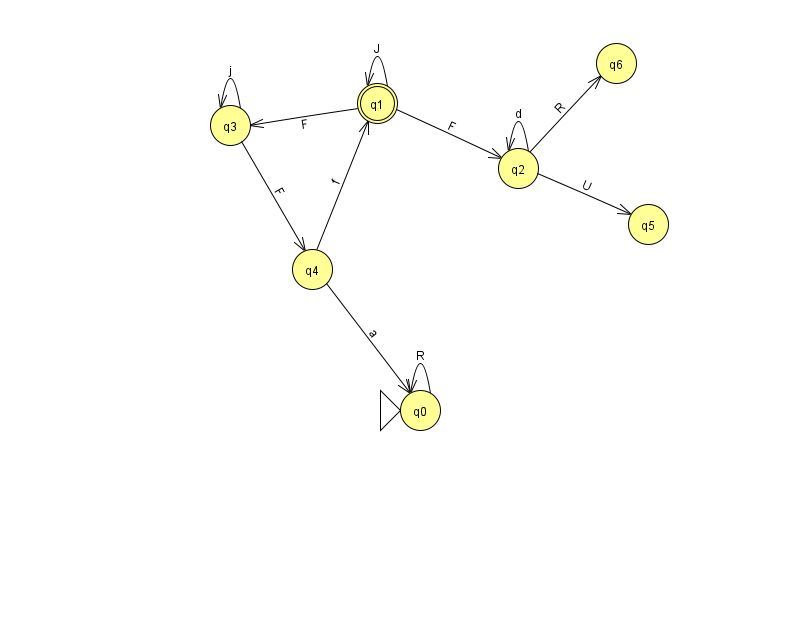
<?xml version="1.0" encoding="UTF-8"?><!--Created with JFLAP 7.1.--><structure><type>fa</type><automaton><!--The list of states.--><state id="0" name="q0"><x>420.0</x><y>397.0</y><initial/></state><state id="1" name="q1"><x>377.0</x><y>90.0</y><final/></state><state id="2" name="q2"><x>518.0</x><y>155.0</y></state><state id="3" name="q3"><x>230.0</x><y>112.0</y></state><state id="4" name="q4"><x>312.0</x><y>256.0</y></state><state id="5" name="q5"><x>648.0</x><y>211.0</y></state><state id="6" name="q6"><x>616.0</x><y>50.0</y></state><!--The list of transitions.--><transition><from>4</from><to>0</to><read>a</read></transition><transition><from>2</from><to>5</to><read>U</read></transition><transition><from>0</from><to>0</to><read>R</read></transition><transition><from>2</from><to>2</to><read>d</read></transition><transition><from>4</from><to>1</to><read>f</read></transition><transition><from>1</from><to>1</to><read>J</read></transition><transition><from>1</from><to>3</to><read>F</read></transition><transition><from>3</from><to>3</to><read>j</read></transition><transition><from>3</from><to>4</to><read>F</read></transition><transition><from>1</from><to>2</to><read>F</read></transition><transition><from>2</from><to>6</to><read>R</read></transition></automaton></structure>